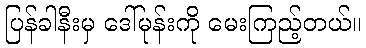
ပြန်ခါနီးမှ ဒေါ်မုန်းကို မေးကြည့်တယ်။